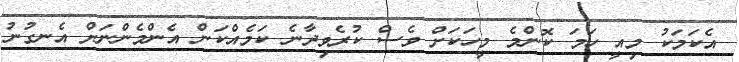
އެކަމަކު މިއީ ހަމަ ކޮންމެ މީހަކަށް ވެސް ކުރެވިދާނެ ކަމެއްކަން އެންމެންނަށް އެނގުނު